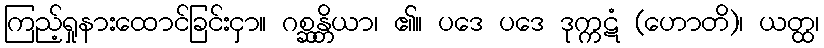
ကြည့်ရှုနားထောင်ခြင်းငှာ။ ဂစ္ဆန္တိယာ၊ ၏။ ပဒေ ပဒေ ဒုက္ကဋံ (ဟောတိ)၊ ယတ္ထ၊